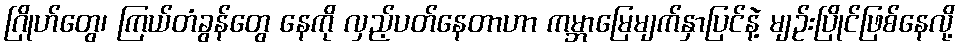
ဂြိုဟ်တွေ၊ ကြယ်တံခွန်တွေ နေကို လှည့်ပတ်နေတာဟာ ကမ္ဘာမြေမျက်နှာပြင်နဲ့ မျဉ်းပြိုင်ဖြစ်နေလို့